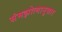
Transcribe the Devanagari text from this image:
संमझोत्यानुसार